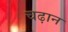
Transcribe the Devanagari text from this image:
चढ़ान